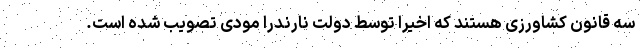
سه قانون کشاورزی هستند که اخیرا توسط دولت نارندرا مودی تصویب شده است.